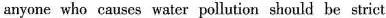
anyone who causes water pollution should be strict